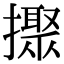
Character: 𢷗